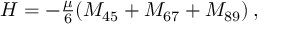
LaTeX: H = - \textstyle { \frac { \mu } { 6 } } ( M _ { 4 5 } + M _ { 6 7 } + M _ { 8 9 } ) \, ,